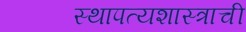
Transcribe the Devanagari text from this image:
स्थापत्यशास्त्राची